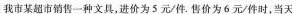
我市某超市销售一种文具，进价为5元/件。售价为6元/件时，当天